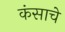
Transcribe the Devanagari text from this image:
कंसाचे